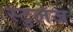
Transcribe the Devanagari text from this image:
स्टुलेज